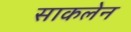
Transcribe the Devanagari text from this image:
साकलेन